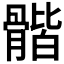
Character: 𩩰